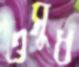
ওসুধ